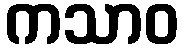
ကသာဝ